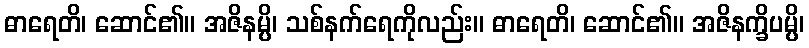
ဓာရေတိ၊ ဆောင်၏။ အဇိနမ္ပိ၊ သစ်နက်ရေကိုလည်း။ ဓာရေတိ၊ ဆောင်၏။ အဇိနက္ခိပမ္ပိ၊